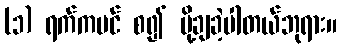
(၁) ရက်ကပင် စ၍ ပို့ချခဲ့ပါတယ်ဘုရား။